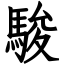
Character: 駿